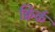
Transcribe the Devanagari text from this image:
क्विर्क